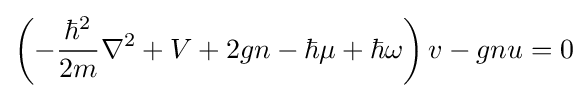
\left(-{\frac {\hbar ^{2}}{2m}}\nabla ^{2}+V+2gn-\hbar \mu +\hbar \omega \right)v-gnu=0